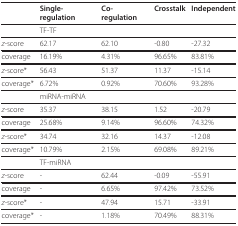
|  | Single-regulation | Co- regulation | Crosstalk | Independent |
 | --- | --- | --- | --- | --- |
 |  | TF-TF |  |  |  |
 | z-score | 62.17 | 62.10 | -0.80 | -27.32 |
 | coverage | 16.19% | 4.31% | 96.65% | 83.81% |
 | z-score* | 56.43 | 51.37 | 11.37 | -15.14 |
 | coverage* | 6.72% | 0.92% | 70.60% | 93.28% |
 |  | miRNA-miRNA |  |  |  |
 | z-score | 35.37 | 38.15 | 1.52 | -20.79 |
 | coverage | 25.68% | 9.14% | 96.60% | 74.32% |
 | z-score* | 34.74 | 32.16 | 14.37 | -12.08 |
 | coverage* | 10.79% | 2.15% | 69.08% | 89.21% |
 |  | TF-miRNA |  |  |  |
 | z-score | - | 62.44 | -0.09 | -55.91 |
 | coverage | - | 6.65% | 97.42% | 73.52% |
 | z-score* | - | 47.94 | 15.71 | -33.91 |
 | coverage* | - | 1.18% | 70.49% | 88.31% |